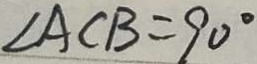
\angle A C B = 9 0 ^ { \circ }